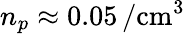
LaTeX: n_{p}\approx 0.05\, /{\mathrm{cm}}^{3}